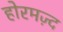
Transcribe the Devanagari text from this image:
होरमज़्द